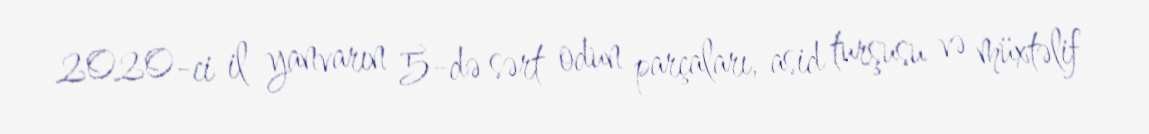
2020-ci il yanvarın 5-də sərt odun parçaları, asid turşusu və müxtəlif